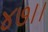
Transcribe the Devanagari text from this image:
४७।।